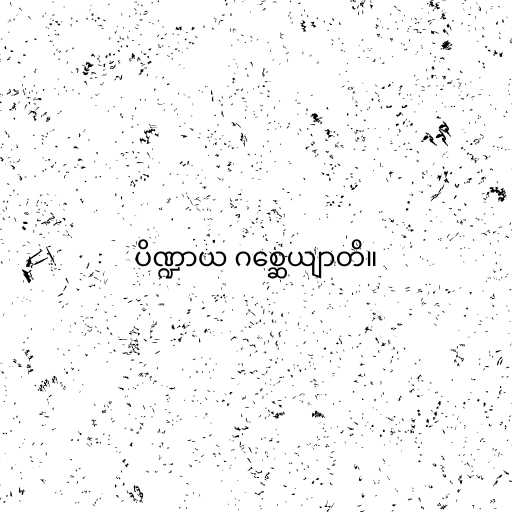
ပိဏ္ဍာယ ဂစ္ဆေယျာတိ။